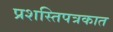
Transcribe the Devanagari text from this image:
प्रशस्तिपत्रकात